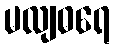
မလျဓရေ